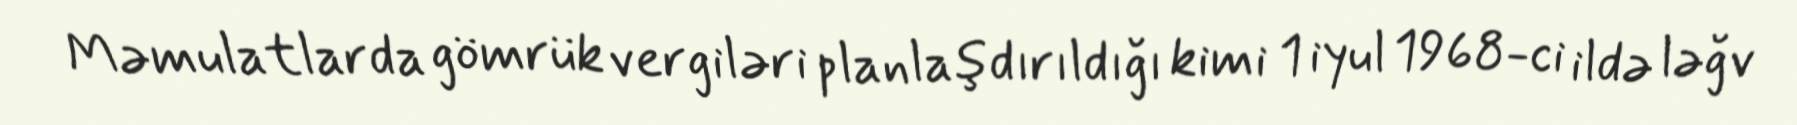
Məmulatlarda gömrük vergiləri planlaşdırıldığı kimi 1 iyul 1968-ci ildə ləğv